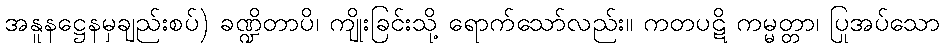
အနူနဋ္ဌေနမှချည်းစပ်) ခဏ္ဍိတာပိ၊ ကျိုးခြင်းသို့ ရောက်သော်လည်း။ ကတပဋိ ကမ္မတ္တာ၊ ပြုအပ်သော